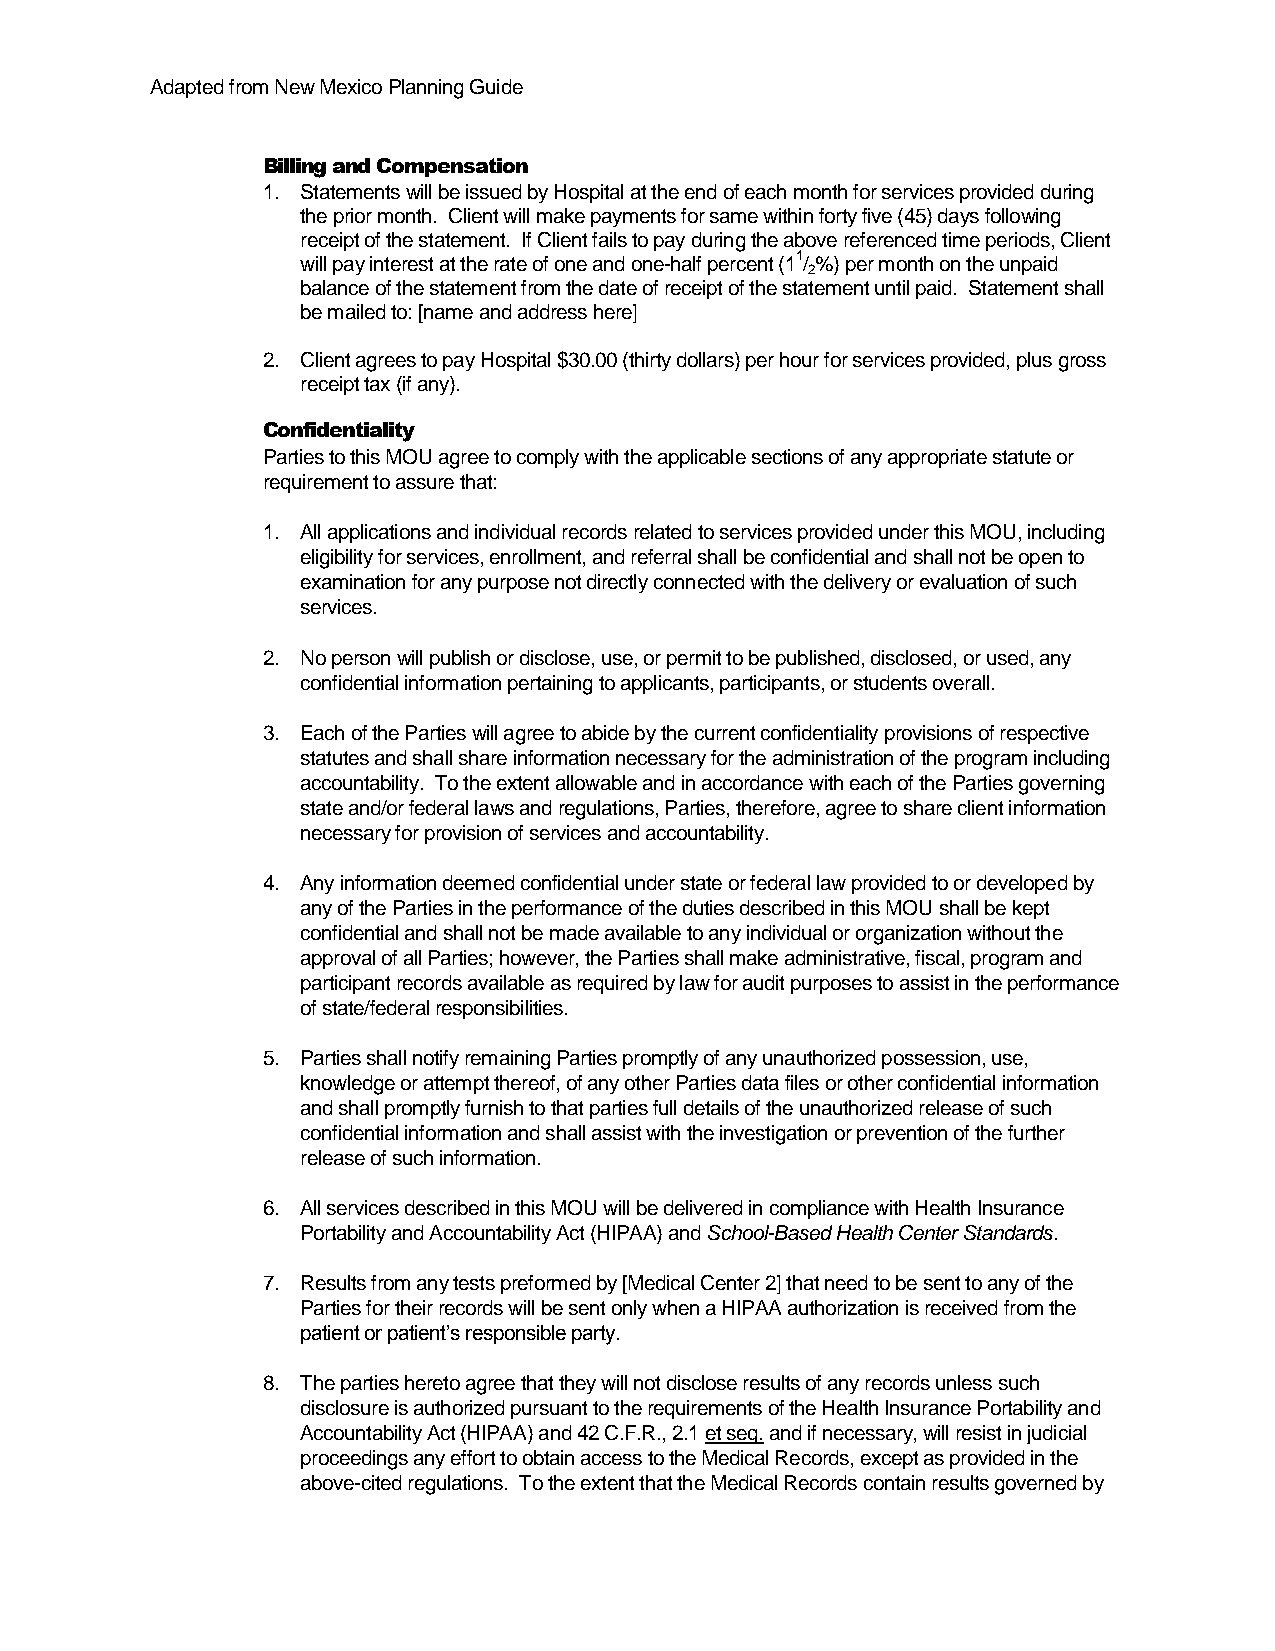
Adapted from New Mexico Planning Guide
 Billing and Compensation
 1. Statements will be issued by Hospital at the end of each month for services provided during
 the prior month. Client will make payments for same within forty five (45) days following
 receipt of the statement. If Client fails to pay during the above referenced time periods, Client
 will pay interest at the rate of one and one-half percent (11/ %) per month on the unpaid
 2
 balance of the statement from the date of receipt of the statement until paid. Statement shall
 be mailed to: [name and address here]
 2. Client agrees to pay Hospital $30.00 (thirty dollars) per hour for services provided, plus gross
 receipt tax (if any).
 Confidentiality
 Parties to this MOU agree to comply with the applicable sections of any appropriate statute or
 requirement to assure that:
 1. All applications and individual records related to services provided under this MOU, including
 eligibility for services, enrollment, and referral shall be confidential and shall not be open to
 examination for any purpose not directly connected with the delivery or evaluation of such
 services.
 2. No person will publish or disclose, use, or permit to be published, disclosed, or used, any
 confidential information pertaining to applicants, participants, or students overall.
 3. Each of the Parties will agree to abide by the current confidentiality provisions of respective
 statutes and shall share information necessary for the administration of the program including
 accountability. To the extent allowable and in accordance with each of the Parties governing
 state and/or federal laws and regulations, Parties, therefore, agree to share client information
 necessary for provision of services and accountability.
 4. Any information deemed confidential under state or federal law provided to or developed by
 any of the Parties in the performance of the duties described in this MOU shall be kept
 confidential and shall not be made available to any individual or organization without the
 approval of all Parties; however, the Parties shall make administrative, fiscal, program and
 participant records available as required by law for audit purposes to assist in the performance
 of state/federal responsibilities.
 5. Parties shall notify remaining Parties promptly of any unauthorized possession, use,
 knowledge or attempt thereof, of any other Parties data files or other confidential information
 and shall promptly furnish to that parties full details of the unauthorized release of such
 confidential information and shall assist with the investigation or prevention of the further
 release of such information.
 6. All services described in this MOU will be delivered in compliance with Health Insurance
 Portability and Accountability Act (HIPAA) and School-Based Health Center Standards.
 7. Results from any tests preformed by [Medical Center 2] that need to be sent to any of the
 Parties for their records will be sent only when a HIPAA authorization is received from the
 patient or patient’s responsible party.
 8. The parties hereto agree that they will not disclose results of any records unless such
 disclosure is authorized pursuant to the requirements of the Health Insurance Portability and
 Accountability Act (HIPAA) and 42 C.F.R., 2.1 et seq. and if necessary, will resist in judicial
 proceedings any effort to obtain access to the Medical Records, except as provided in the
 above-cited regulations. To the extent that the Medical Records contain results governed by